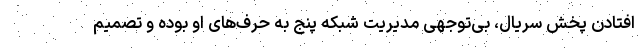
افتادن پخش سریال، بی‌توجهی مدیریت شبکه پنج به حرف‌های او بوده و تصمیم